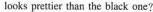
looks prettier than the black one?